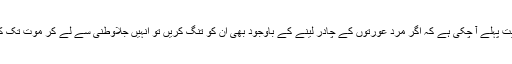
اس بارے میں قرآن کی آیت پہلے آ چکی ہے کہ اگر مرد عورتوں کے چادر لینے کے باوجود بھی اُن کو تنگ کریں تو انہیں جلاوطنی سے لے کر موت تک کی سزا دی جا سکتی ہے۔